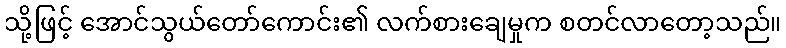
သို့ဖြင့် အောင်သွယ်တော်ကောင်း၏ လက်စားချေမှုက စတင်လာတော့သည်။